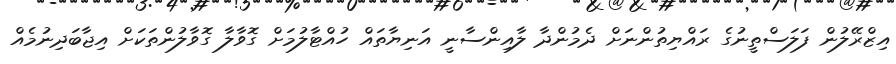
އިޒްރޭލުން ފަލަސްތީނުގެ ރައްޔިތުންނަށް ދެމުންދާ ލާއިންސާނީ އަނިޔާތައް ހުއްޓާލުމަށް ގޮވާލާ ގޮވާލުންތަކަށް އިޖާބަދިނުމެއް